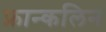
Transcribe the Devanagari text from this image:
फ्रान्कलिन